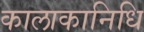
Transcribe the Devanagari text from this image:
कालाकानिधि